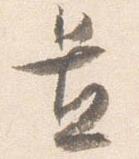
置